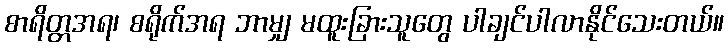
စာရိတ္တအရ၊ စရိုက်အရ ဘာမျှ မထူးခြားသူတွေ ပါချင်ပါလာနိုင်သေးတယ်။